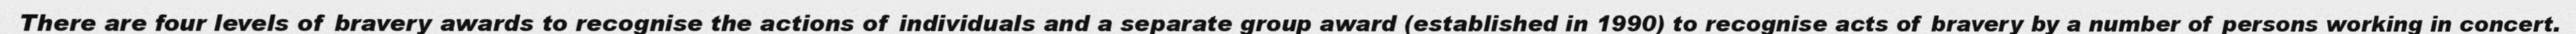
There are four levels of bravery awards to recognise the actions of individuals and a separate group award (established in 1990) to recognise acts of bravery by a number of persons working in concert.